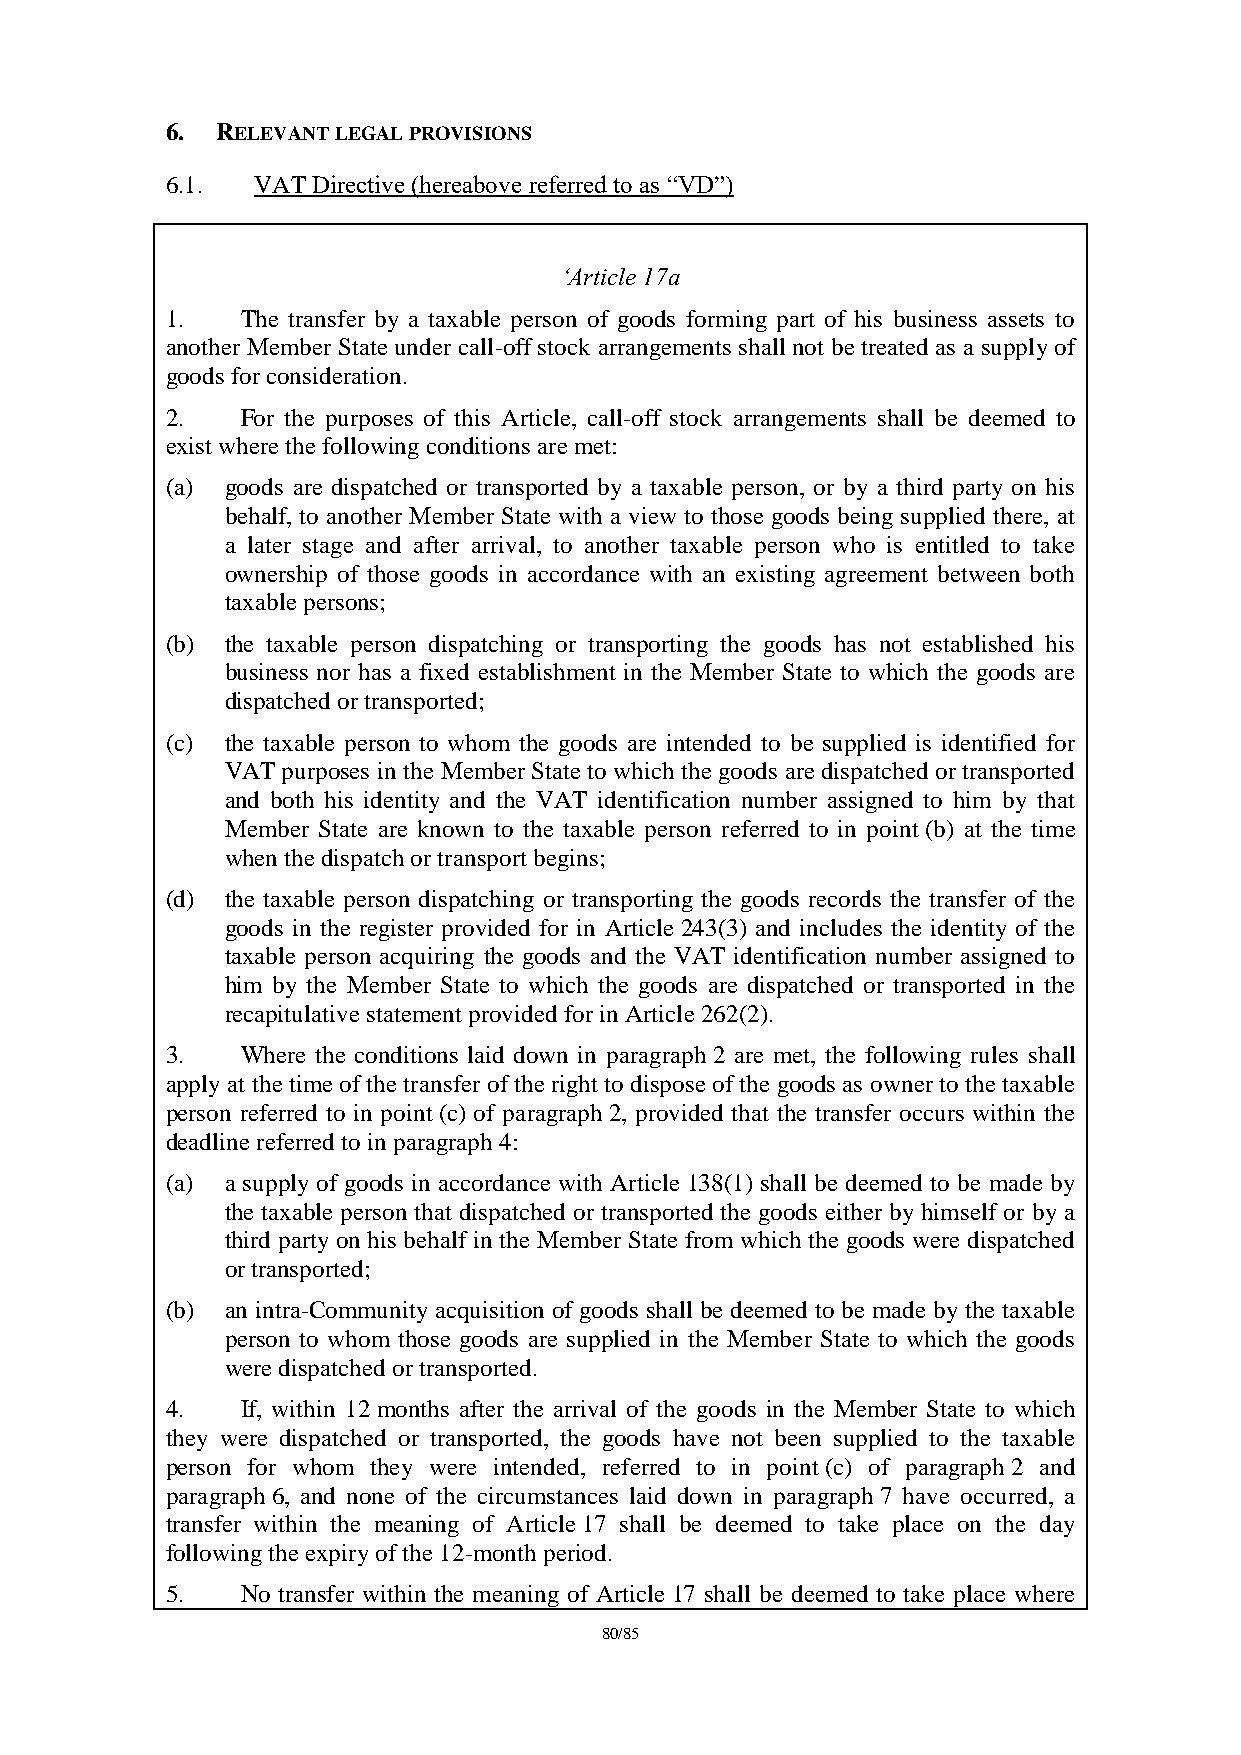
6. RELEVANT LEGAL PROVISIONS
 6.1.  VAT Directive (hereabove referred to as “VD”)
 ‘Article 17a
 1.   The transfer by a taxable person of goods forming part of his business assets to
 another Member State under call-off stock arrangements shall not be treated as a supply of
 goods for consideration.
 2.   For the purposes of this Article, call-off stock arrangements shall be deemed to
 exist where the following conditions are met:
 (a) goods are dispatched or transported by a taxable person, or by a third party on his
 behalf, to another Member State with a view to those goods being supplied there, at
 a later stage and after arrival, to another taxable person who is entitled to take
 ownership of those goods in accordance with an existing agreement between both
 taxable persons;
 (b) the taxable person dispatching or transporting the goods has not established his
 business nor has a fixed establishment in the Member State to which the goods are
 dispatched or transported;
 (c) the taxable person to whom the goods are intended to be supplied is identified for
 VAT purposes in the Member State to which the goods are dispatched or transported
 and both his identity and the VAT identification number assigned to him by that
 Member State are known to the taxable person referred to in point (b) at the time
 when the dispatch or transport begins;
 (d) the taxable person dispatching or transporting the goods records the transfer of the
 goods in the register provided for in Article 243(3) and includes the identity of the
 taxable person acquiring the goods and the VAT identification number assigned to
 him by the Member State to which the goods are dispatched or transported in the
 recapitulative statement provided for in Article 262(2).
 3.   Where the conditions laid down in paragraph 2 are met, the following rules shall
 apply at the time of the transfer of the right to dispose of the goods as owner to the taxable
 person referred to in point (c) of paragraph 2, provided that the transfer occurs within the
 deadline referred to in paragraph 4:
 (a) a supply of goods in accordance with Article 138(1) shall be deemed to be made by
 the taxable person that dispatched or transported the goods either by himself or by a
 third party on his behalf in the Member State from which the goods were dispatched
 or transported;
 (b) an intra-Community acquisition of goods shall be deemed to be made by the taxable
 person to whom those goods are supplied in the Member State to which the goods
 were dispatched or transported.
 4.   If, within 12 months after the arrival of the goods in the Member State to which
 they were dispatched or transported, the goods have not been supplied to the taxable
 person for whom they were intended, referred to in point (c) of paragraph 2 and
 paragraph 6, and none of the circumstances laid down in paragraph 7 have occurred, a
 transfer within the meaning of Article 17 shall be deemed to take place on the day
 following the expiry of the 12-month period.
 5.   No transfer within the meaning of Article 17 shall be deemed to take place where
 80/85